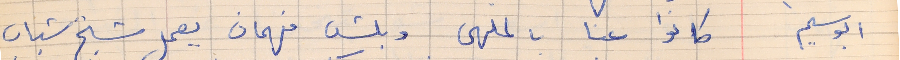
ابو سليم    كانوا عنا بالملهى وبلش فهمان يعمل شيخ شباب